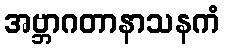
အဗ္ဘာဂတာနာသနကံ